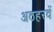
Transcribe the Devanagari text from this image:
अठहरवें